Etiology and epidemiology of plague
Disease focus: Plague
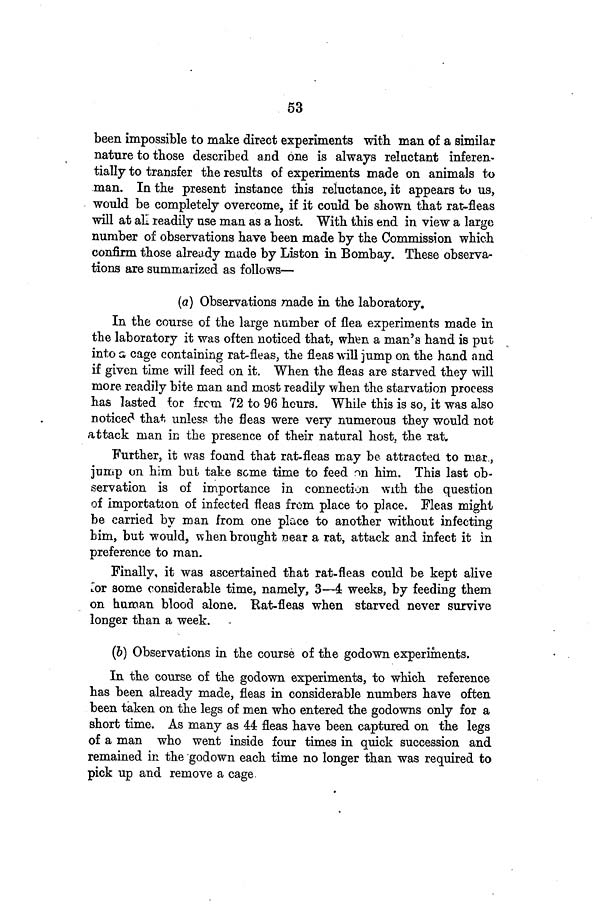
53
been impossible to make direct experiments with man of a similar
nature to those described and one is always reluctant inferen-
tially to transfer the results of experiments made on animals to
man. In the present instance this reluctance, it appears to us,
would be completely overcome, if it could be shown that rat-fleas
will at all readily use man as a host. With this end in view a large
number of observations have been made by the Commission which
confirm those already made by Liston in Bombay. These observa-
tions are summarized as follows—
(a) Observations made in the laboratory.
In the course of the large number of flea experiments made in
the laboratory it was often noticed that, when a man's hand is put
into a cage containing rat-fleas, the fleas will jump on the hand and
if given time will feed on it. When the fleas are starved they will
more readily bite man and most readily when the starvation process
has lasted for from 72 to 96 hours. While this is so, it was also
noticed that unless the fleas were very numerous they would not
attack man in the presence of their natural host, the rat.
Further, it was found that rat-fleas may be attracted, to mar,
jump on him but take some time to feed on him. This last ob-
servation is of importance in connection with the question
of importation of infected fleas from place to place. Fleas might
be carried by man from one place to another without infecting
him, but would, when brought near a rat, attack and infect it in
preference to man.
Finally, it was ascertained that rat-fleas could be kept alive
for some considerable time, namely, 3—4 weeks, by feeding them
on human blood alone. Rat-fleas when starved never survive
longer than a week.
(b) Observations in the course of the godown experiments.
In the course of the godown experiments, to which reference
has been already made, fleas in considerable numbers have often
been taken on the legs of men who entered the godowns only for a
short time. As many as 44 fleas have been captured on the legs
of a man who went inside four times in quick succession and
remained in the godown each time no longer than was required to
pick up and remove a cage